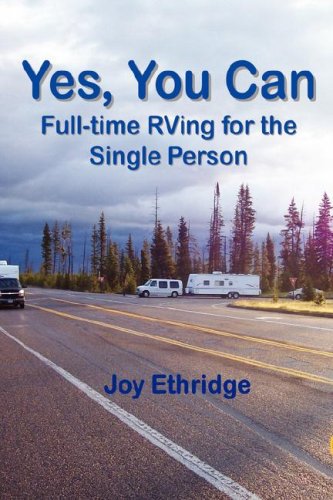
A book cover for Yes, You Can Full-Time RVing for the Single Person; Joy Ethridge; Travel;